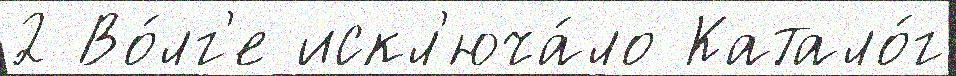
2 Во́лг'е искл'юча́ло Катало́г